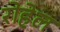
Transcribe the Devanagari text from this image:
रोहेल